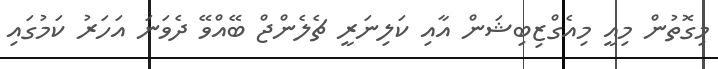
މިގޮތުން މިއީ މިއެގްޒިބިޝަން އާއި ކަލިނަރީ ޗެލެންޖް ބޭއްވޭ ދެވަނަ އަހަރު ކަމުގައި